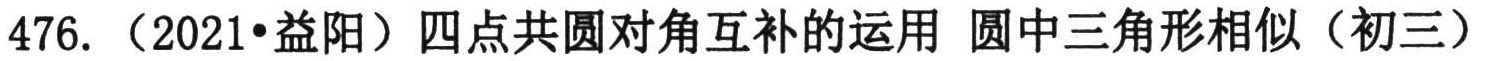
476. （2021•益阳）四点共圆对角互补的运用 圆中三角形相似（初三）